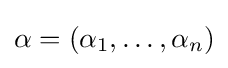
\alpha =(\alpha _{1},\ldots ,\alpha _{n})